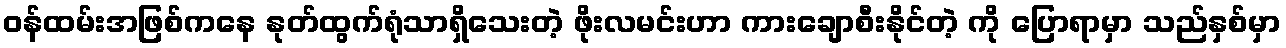
ဝန်ထမ်းအဖြစ်ကနေ နုတ်ထွက်ရုံသာရှိသေးတဲ့ ဖိုးလမင်းဟာ ကားချောစီးနိုင်တဲ့ ကို ပြောရာမှာ သည်နှစ်မှာ